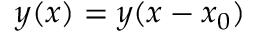
y ( x ) = y ( x - x _ { 0 } )